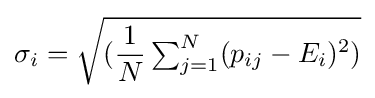
\sigma _{i}={\sqrt {({\frac {1}{N}}\textstyle \sum _{j=1}^{N}(p_{ij}-E_{i})^{2})}}